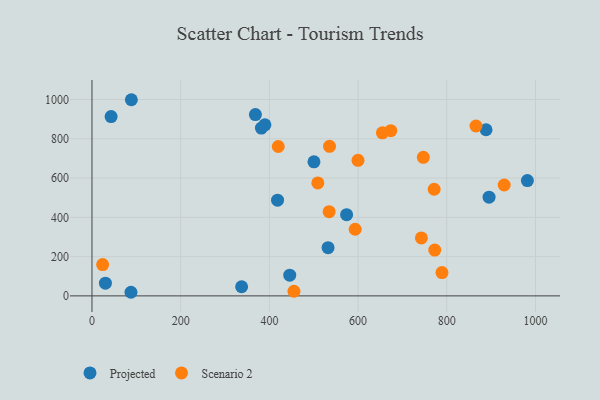
{"axis": {"x": "Ad Spend", "y": "Yield"}, "legend": ["Projected", "Scenario 2"], "data": [{"x": "382.0", "y": 854.6, "type": "Projected"}, {"x": "30.3", "y": 64.9, "type": "Projected"}, {"x": "500.5", "y": 682.6, "type": "Projected"}, {"x": "895.3", "y": 502.9, "type": "Projected"}, {"x": "88.8", "y": 998.9, "type": "Projected"}, {"x": "532.3", "y": 245.3, "type": "Projected"}, {"x": "43.1", "y": 913.2, "type": "Projected"}, {"x": "368.5", "y": 923.4, "type": "Projected"}, {"x": "389.9", "y": 871.1, "type": "Projected"}, {"x": "445.9", "y": 105.6, "type": "Projected"}, {"x": "888.5", "y": 846.0, "type": "Projected"}, {"x": "87.9", "y": 18.4, "type": "Projected"}, {"x": "981.7", "y": 587.3, "type": "Projected"}, {"x": "574.1", "y": 413.4, "type": "Projected"}, {"x": "418.4", "y": 487.6, "type": "Projected"}, {"x": "337.4", "y": 46.6, "type": "Projected"}, {"x": "534.7", "y": 428.6, "type": "Scenario 2"}, {"x": "789.1", "y": 118.5, "type": "Scenario 2"}, {"x": "771.5", "y": 543.0, "type": "Scenario 2"}, {"x": "24.0", "y": 159.2, "type": "Scenario 2"}, {"x": "593.4", "y": 339.3, "type": "Scenario 2"}, {"x": "455.4", "y": 23.7, "type": "Scenario 2"}, {"x": "673.7", "y": 841.1, "type": "Scenario 2"}, {"x": "654.8", "y": 830.6, "type": "Scenario 2"}, {"x": "535.6", "y": 761.7, "type": "Scenario 2"}, {"x": "742.7", "y": 295.0, "type": "Scenario 2"}, {"x": "929.4", "y": 564.6, "type": "Scenario 2"}, {"x": "509.2", "y": 575.2, "type": "Scenario 2"}, {"x": "772.9", "y": 233.3, "type": "Scenario 2"}, {"x": "865.8", "y": 865.0, "type": "Scenario 2"}, {"x": "599.8", "y": 690.1, "type": "Scenario 2"}, {"x": "420.0", "y": 760.7, "type": "Scenario 2"}, {"x": "747.1", "y": 705.7, "type": "Scenario 2"}]}